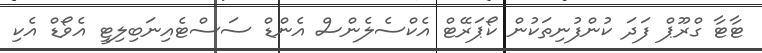
ޓާޓާ ގްރޫޕް ފަދަ ކުންފުނިތަކުން ކޯޕަރޭޓް އެކްސެލެންސް އެންޑް ސަސްޓެއިނަބިލިޓީ އެވޯޑް އެކި